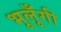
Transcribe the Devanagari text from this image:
भूलूँगी